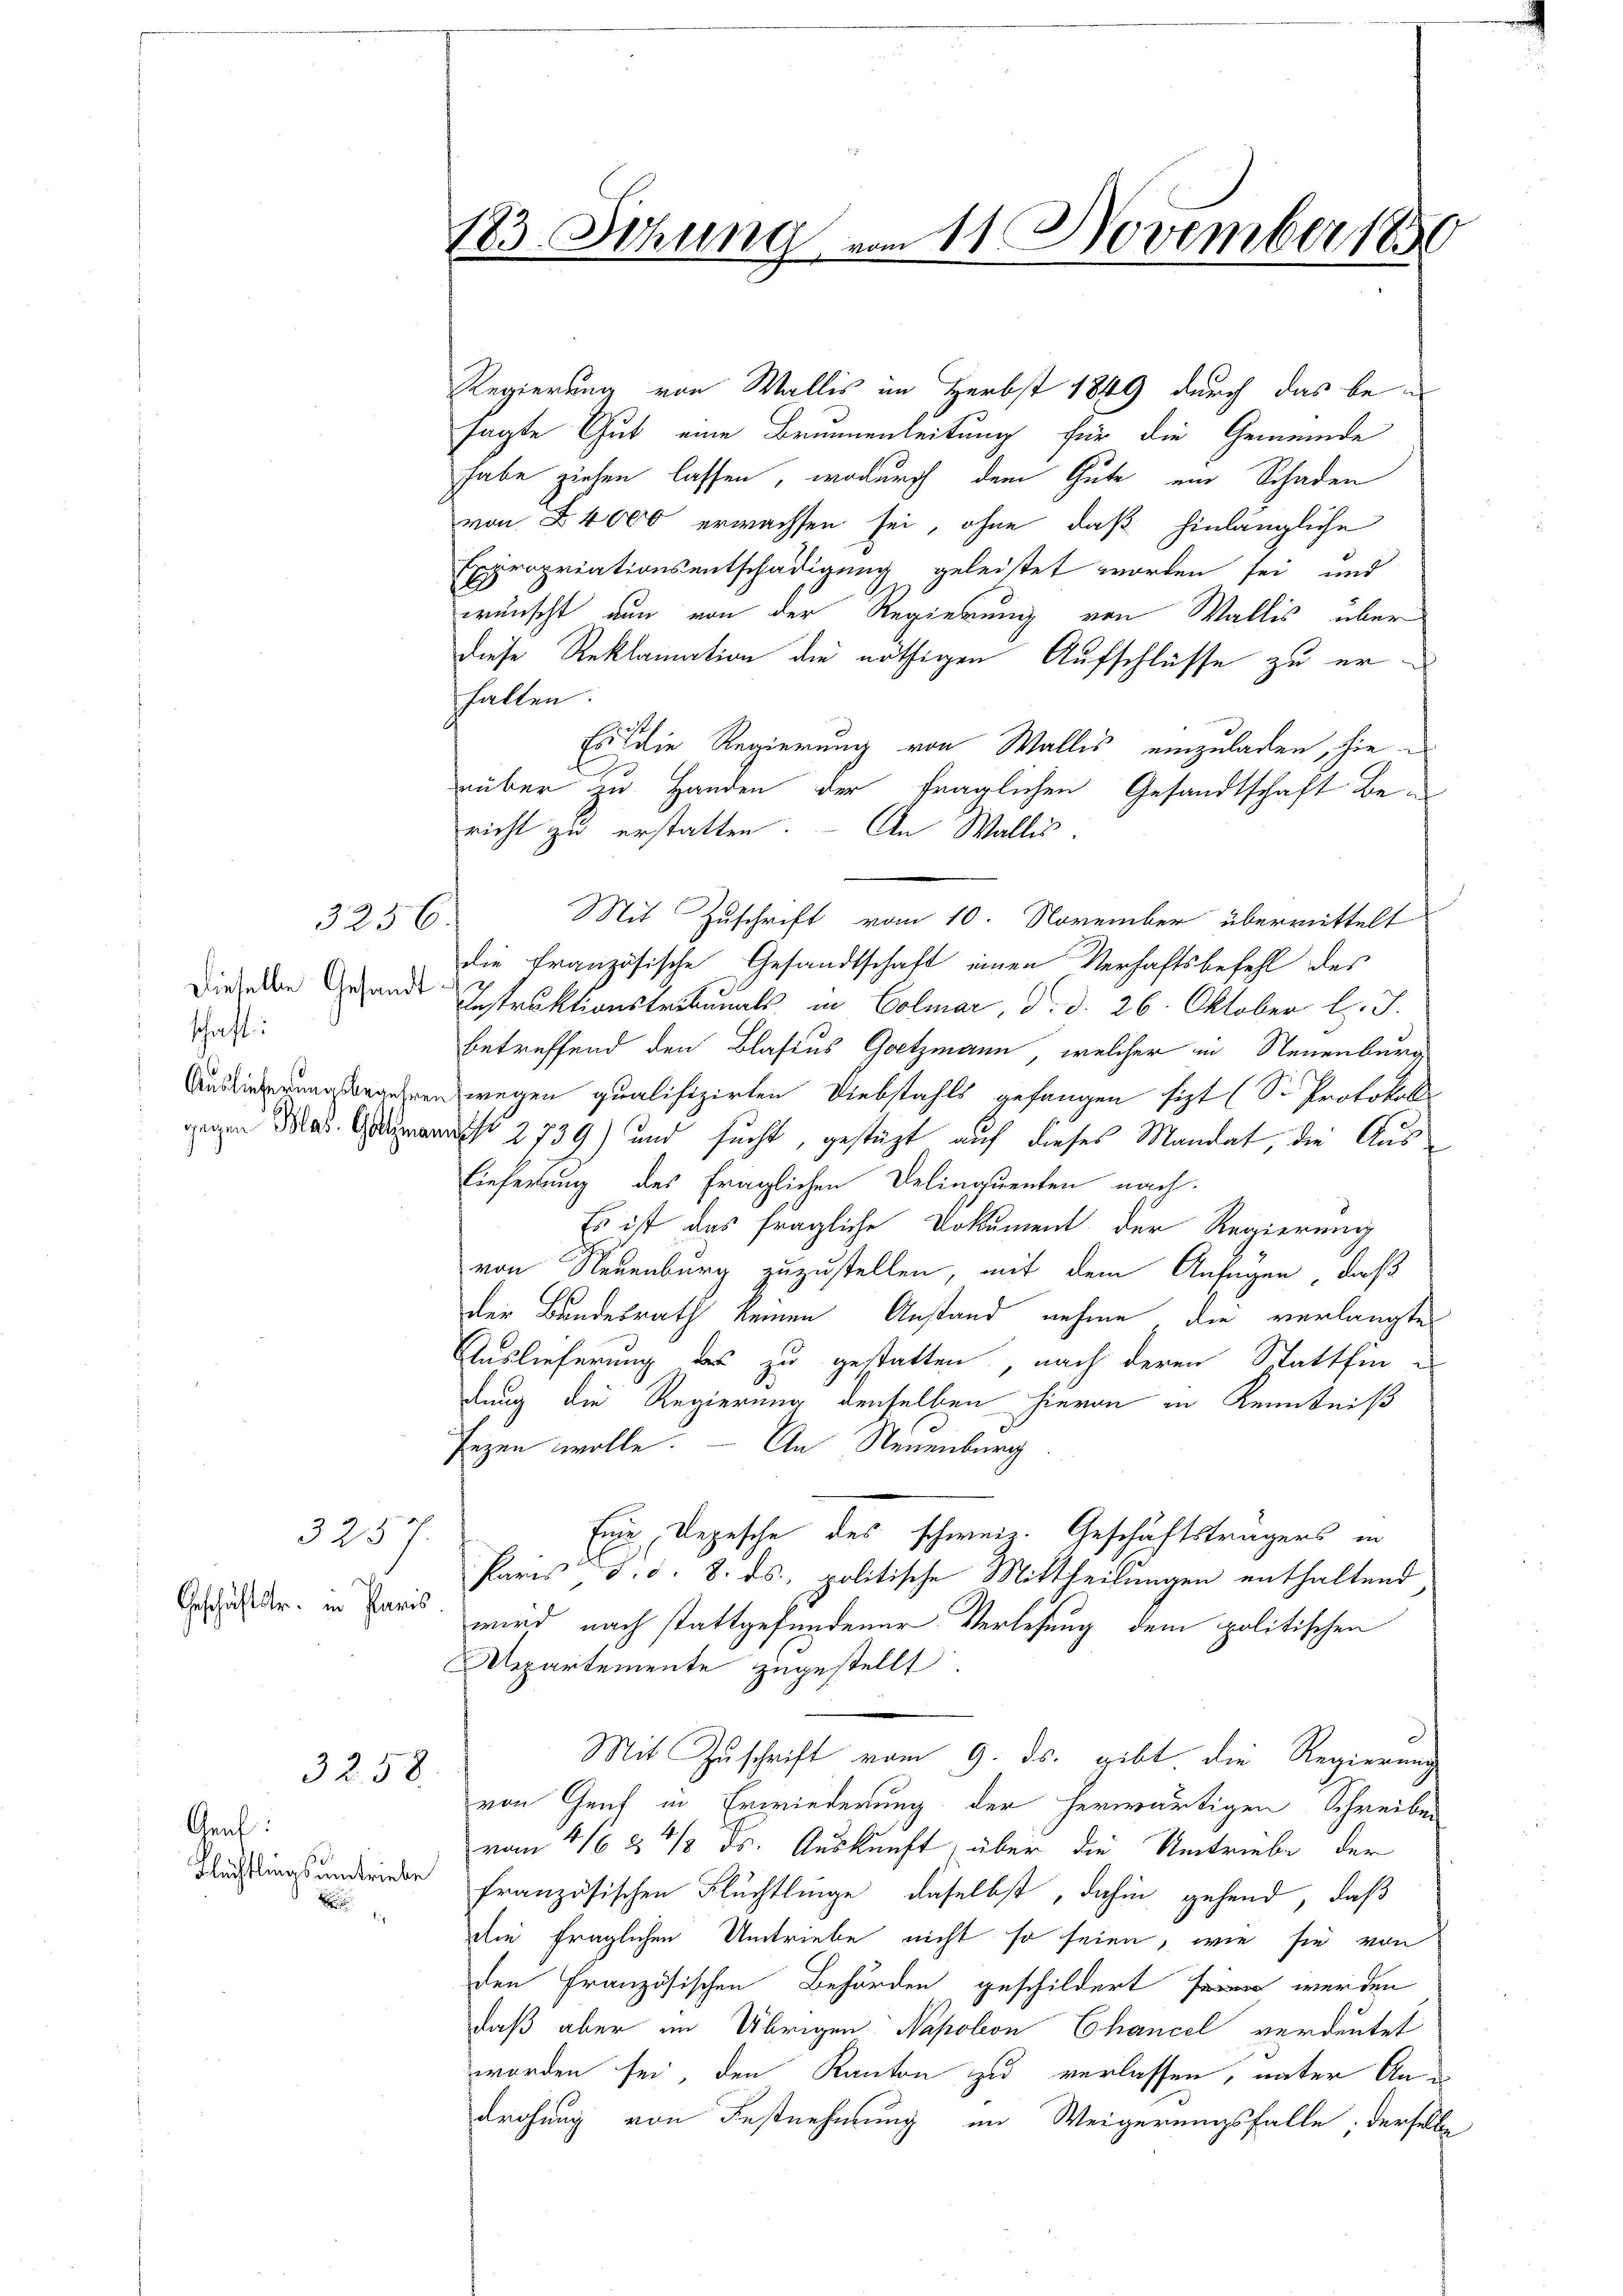
Graf:

3256.

Dieselbe Gesandt
schaft:
Auslieferungsbegehre
gegen Blas. Gothman

Geschäftstr. in Paris

323

3258.

183. Sitzung vom 11. November 1850

sagte Gut eine Brunnenleitung für die Gemeinde
habe ziehen lassen, wodurch dem Gute ein Schaden
von 4000 erwachsen sei, ohne daß hinlängliche
Expropriationsentschädigung geleistet worden sei und
wünscht nun von der Regierung von Wallis über
diese Reklamation die nöthigen Aufschlüsse zu erhalten.
h
Es  die Regierung von Wallis einzuladen, hierüber zu Handen der fraglichen Gesandtschaft Bericht zu erstatten. - An Wallis.
die französische Gesandtschaft einen Verhaftsbefehl des
Instruktionstribunals in Colmar, d. d. 26. Oktober l. J.
betreffend den Blasius Goetzmann, welcher in Neuenburg
ewegen qualifizirten Diebstahls gefangen sizt (S. Protokoll
r 2739) und sucht, gestüzt auf dieses Mandat, die Aus¬
Lieferung des fraglichen Delinquenten nach
Es ist das fragliche Dokument der Regierung
von Neuenburg zuzustellen, mit dem Anfügen, daß
der Bundesrath keinen Anstand nehme, die verlangte
Auslieferung des zu gestatten, nach deren Statthin e
dung die Regierung denselben hievon in Kenntniß
sezen wolle. — An Neuenburg
Eine Depesche des schweiz. Geschäftsträgers in
Paris d. d. 8. ds., politische Mittheilungen enthaltend
wird nach stattgefundener Verlesung dem politischen
Repartemente zugestellt.
Mit Zuschrift vom 9. ds. gibt die Regierung
von Genf in Erwiederung der herwärtigen Schreiben
vom 4/35/3 ds. Auskunft, über die Umtriebe, der
dachtungsänderende französischen Flüchtlinge, daselbst, dahin gehend, daß
die fraglichen Umtriebe nicht so seien, wie sie von
den Französischen Behörden geschildert werden
daß aber im Übrigen Napolon Chancel verdeutet
worden sei, den Kanton zu verlassen, unter Androhung von Festnehmung im Weigerungsfalle; derselbe

Mit Zuschrift vom 10. November übermittelt

Regierung von Wallis im Herbst 1849 durch das be¬